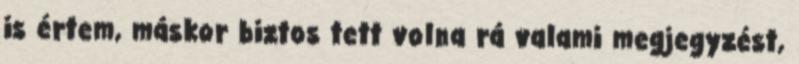
is értem, máskor biztos tett volna rá valami megjegyzést,